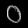
Digit: ၀